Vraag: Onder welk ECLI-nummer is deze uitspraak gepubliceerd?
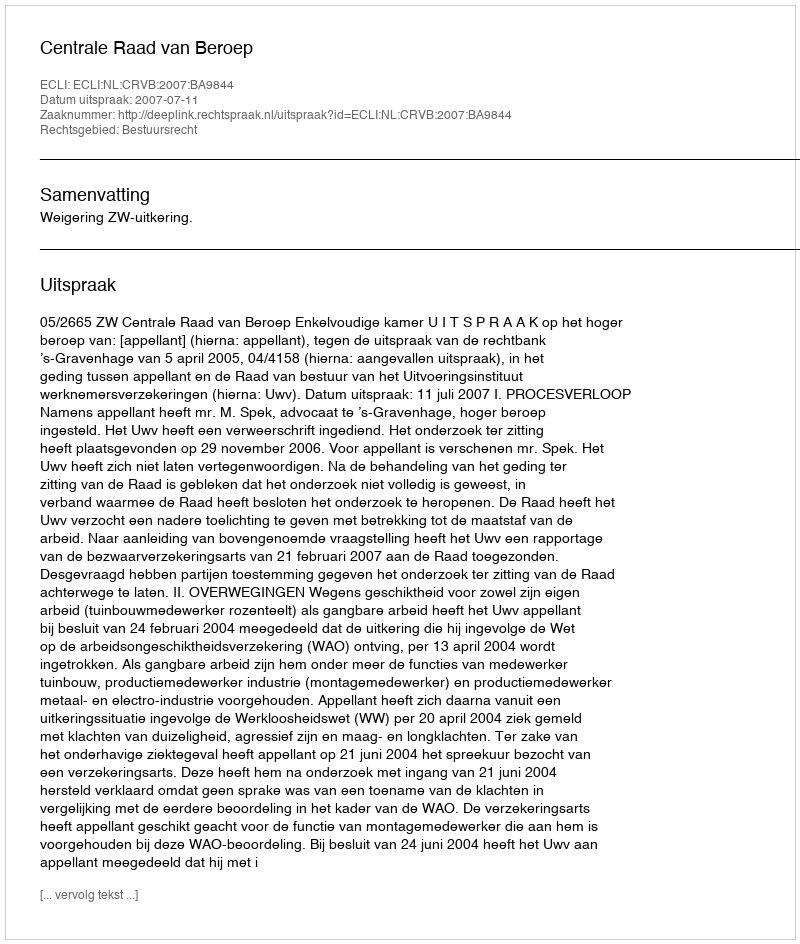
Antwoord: ECLI:NL:CRVB:2007:BA9844